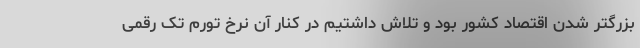
بزرگتر شدن اقتصاد کشور بود و تلاش داشتیم در کنار آن نرخ تورم تک رقمی